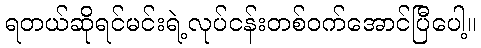
ရတယ်ဆိုရင်မင်းရဲ့လုပ်ငန်းတစ်ဝက်အောင်ပြီပေါ့။